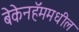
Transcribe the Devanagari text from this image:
बेकेनहॅममधील